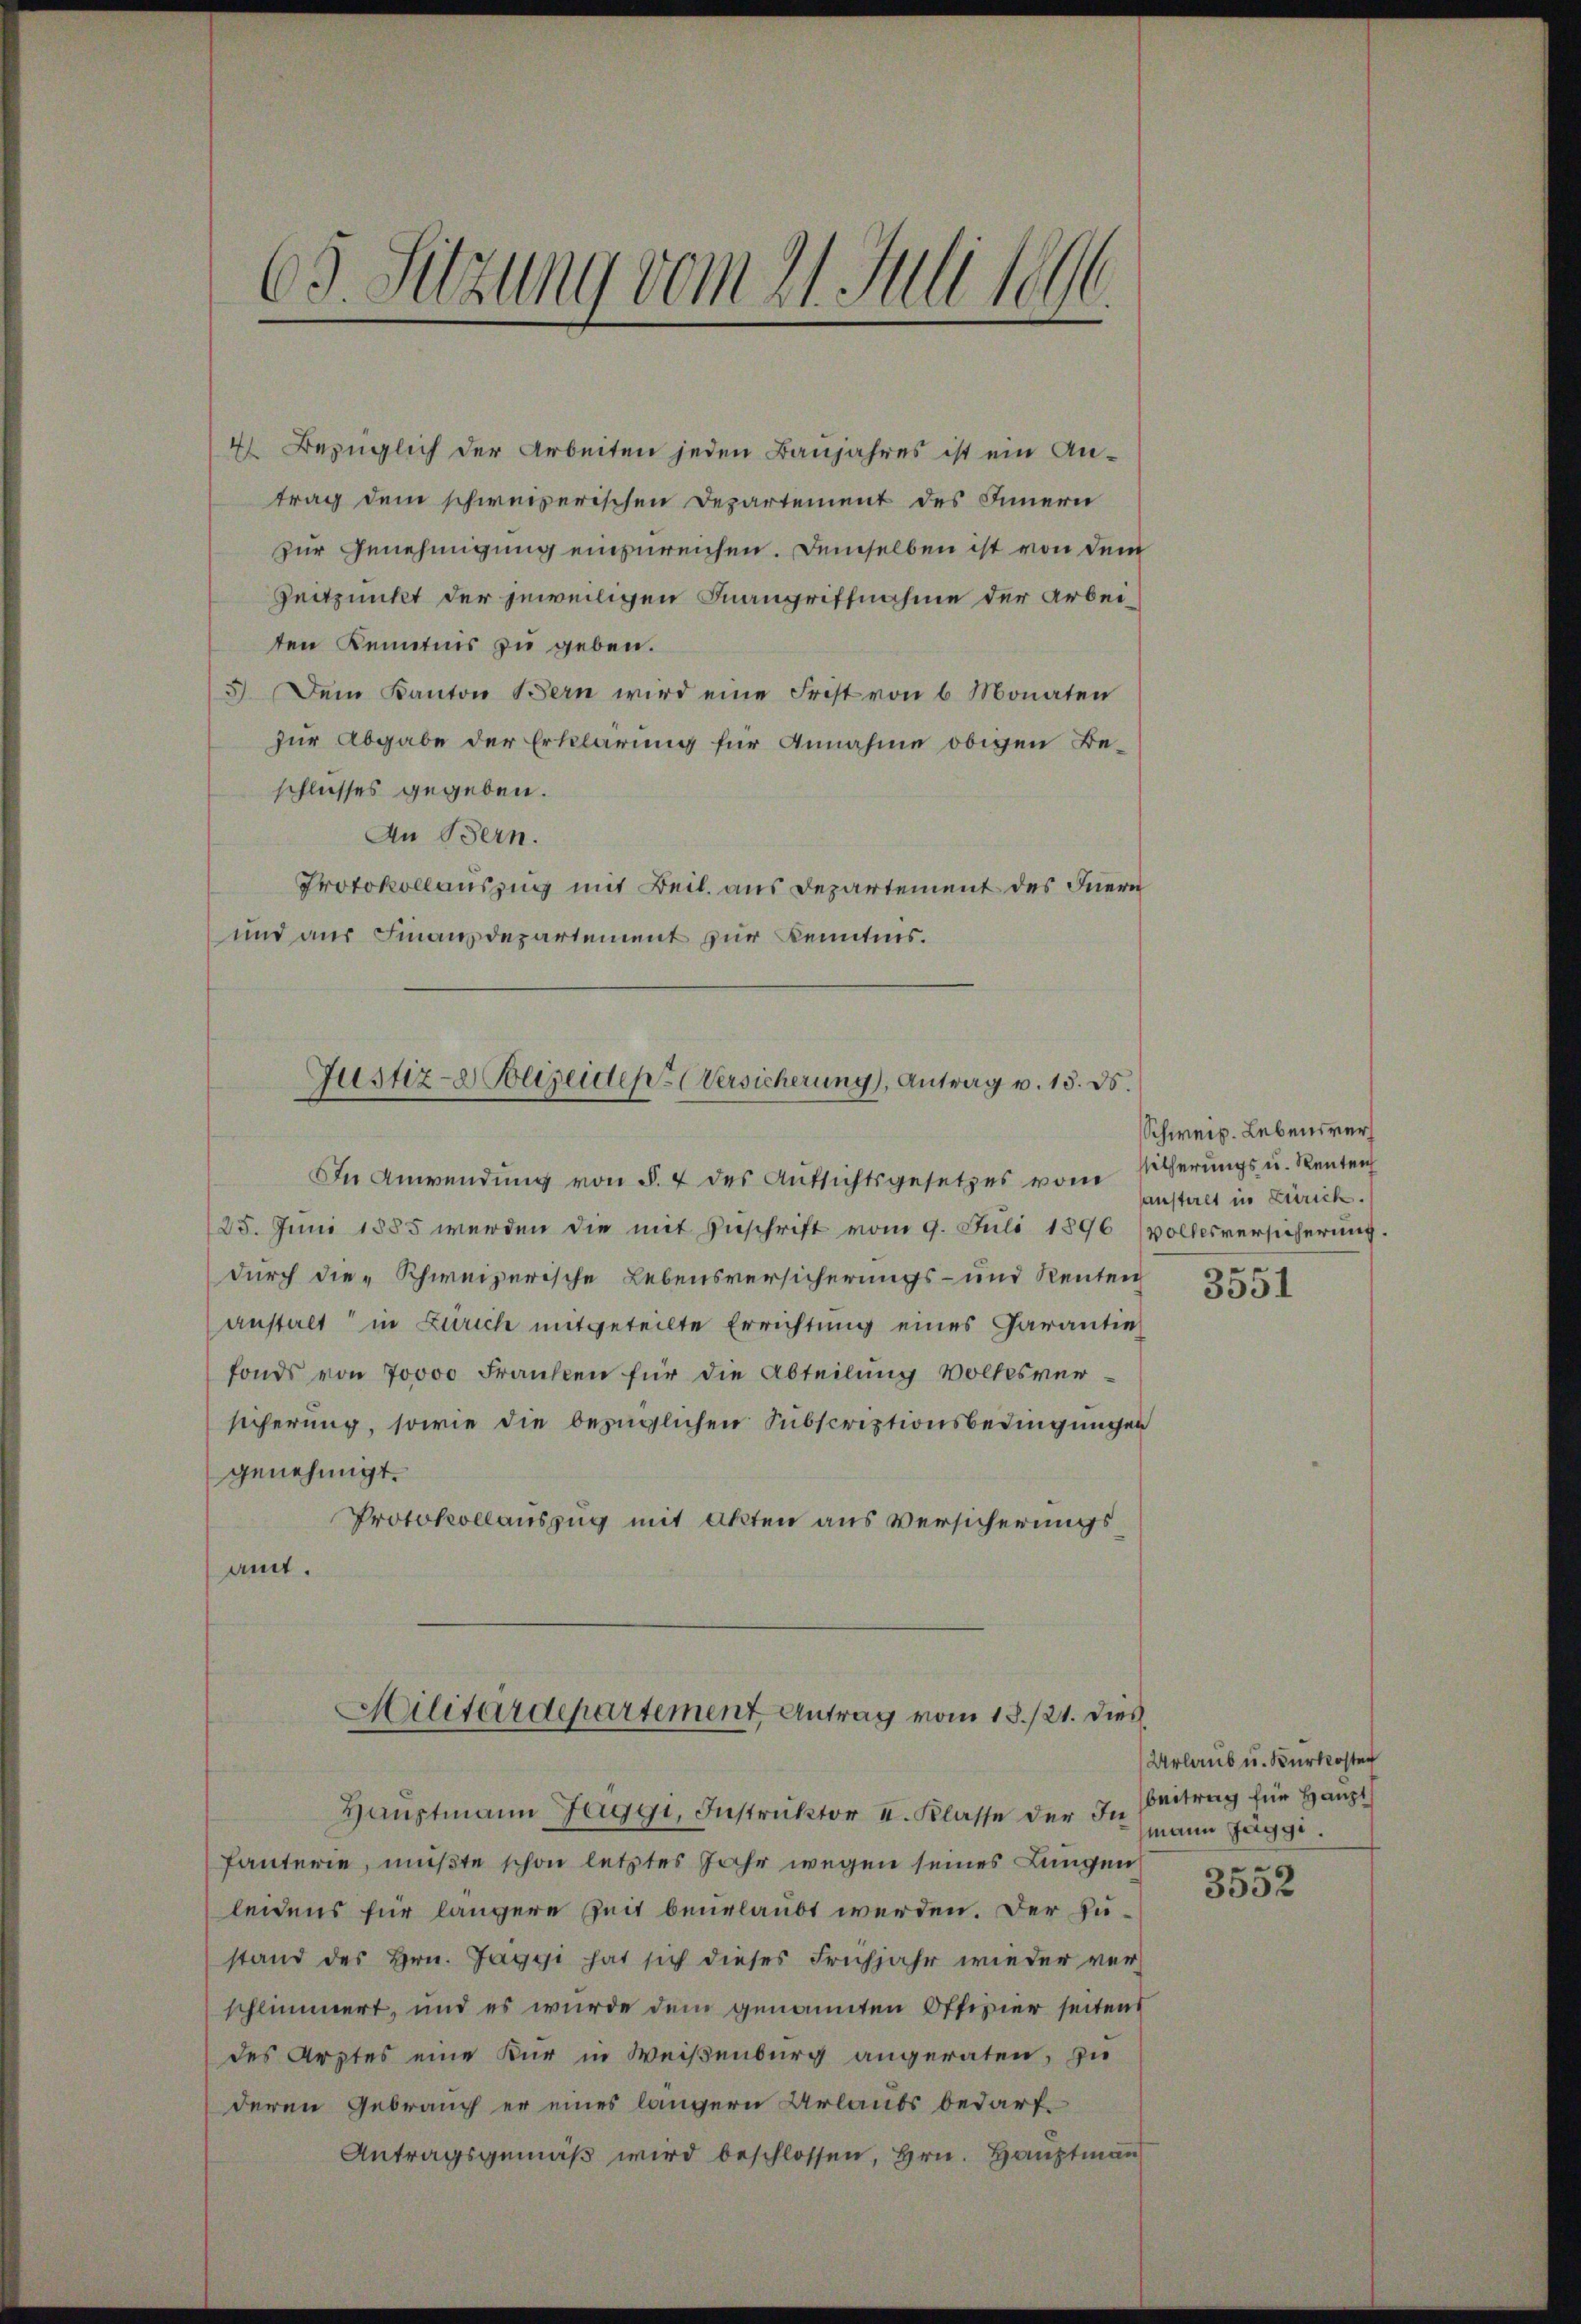
69. Sitzung vom 21. Juli 1896.

4) Bezüglich der Arbeiten jeden Banjahres ist ein An-
trag dem schweizerischen Departement des Innern
zur Genehmigung einzureichen. Demselben ist von dem
Zeitpunkt der jeweiligen Inangriffnahme der Arbeiten Kenntnis zu geben.
5). Dem Kanton Bern wird eine Frist von 6 Monaten
zur Abgabe der Erklärung für Annahme obigen Beschlusses gegeben.
An Bern.
Protokollauszug mit Beil. aus Departement des Inern
und aus Finanzdepartement zur Kenntnis.

Justiz- & Polizeiden Versicherung), Antrag v. 13. ds.
In Anwendung von §. 7 des Aufsichtsgesetzes vom

25. Juni 1885 werden die mit Zuschrift vom 9. Juli 1896 vollesversicherung.
durch die „Schweizerische Lebensversicherungs- und Renten
anstalt in Zürich mitgeteilte Errichtung eines Garantie
fonds von 70000 Franken für die Abteilung Volkesver-
sicherung, sowie die bezüglichen Subscriptionsbedingungen
genehmigt.
Protokollauszug mit Akten aus Versicherungsamt.

Militärdepartement Antrag vom 18./21. dies

Haŭptmann Jaggi, Instruktor I. Klasse der In
fauterie, müßte schon letztes Jahr wegen seines Lungen
leidens für längere Zeit beurlaubt werden. Der Zustand des Hrn. Jaggi hat sich dieses Frühjahr wieder ver-
schlimmert, und es wurde dem genannten Offizier seitens
des Arztes eine Kur in Weißenburg angeraten, zu
deren Gebrauch er eines längern Urlaubs bedarf¬
Antragsgemäß wird beschlossen, Hrn. Hauptmann

Schweiz. Lebensveritherungs u. Renten
anstalt in Zürich.

3551

Urlaub u. Kurkoster
beitrag für Haupts
mann Jäggi.

3552